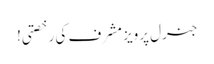
جنرل پرویز مشرف کی رخصتی!